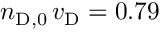
n _ { \mathrm { D } , 0 } \, v _ { \mathrm { D } } = 0 . 7 9